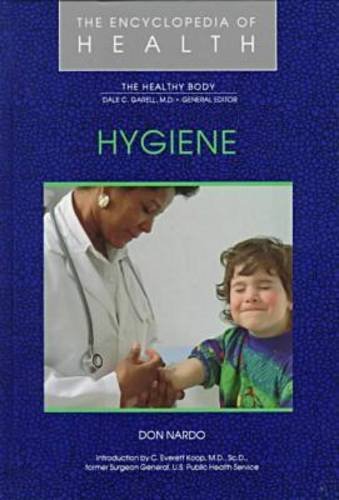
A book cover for Hygiene (Encyclopedia of Health); Don Nardo; Teen & Young Adult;